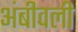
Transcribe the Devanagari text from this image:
अंबीवली